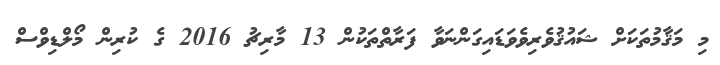
މި މަޤާމުތަކަށް ޝައުޤުވެރިވެވަޑައިގަންނަވާ ފަރާތްތަކުން 13 މާރިޗު 2016 ގެ ކުރިން މޯލްޑިވްސް